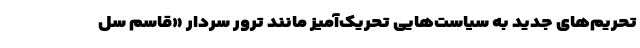
تحریم‌های جدید به سیاست‌هایی تحریک‌آمیز مانند ترور سردار «قاسم سل